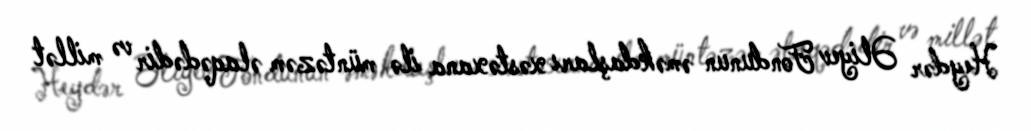
Heydər Əliyev Fondunun əməkdaşları xəstəxana ilə müntəzəm əlaqədədir və millət